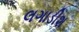
લગાડીશ